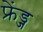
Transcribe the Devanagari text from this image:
फ्रेंड्ज